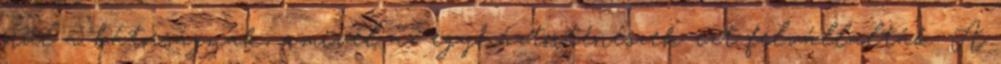
örül a bátorságnak, amivel az egyháztörténészek ezt felvállalták. A